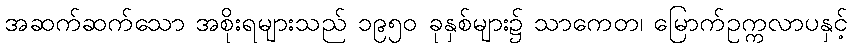
အဆက်ဆက်သော အစိုးရများသည် ၁၉၅၀ ခုနှစ်များ၌ သာကေတ၊ မြောက်ဥက္ကလာပနှင့်